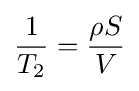
{\frac {1}{T_{2}}}={\frac {\rho S}{V}}